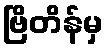
ဗြိတိန်မှ